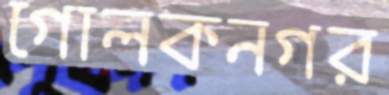
গোলকনগর